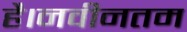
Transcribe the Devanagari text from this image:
है।नवीनतम